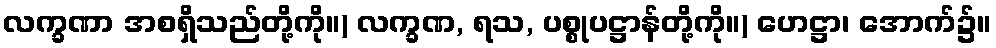
လက္ခဏာ အစရှိသည်တို့ကို။) လက္ခဏ, ရသ, ပစ္စုပဋ္ဌာန်တို့ကို။) ဟေဋ္ဌာ၊ အောက်၌။